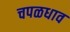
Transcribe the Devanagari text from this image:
चपळधाव